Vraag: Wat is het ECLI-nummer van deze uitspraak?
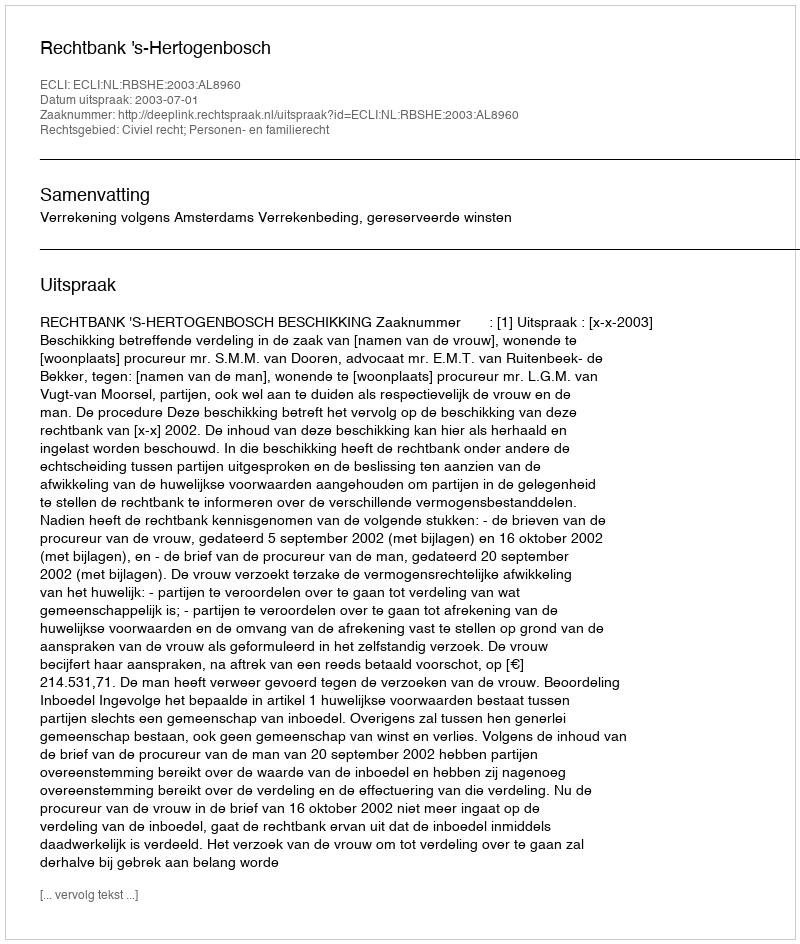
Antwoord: ECLI:NL:RBSHE:2003:AL8960